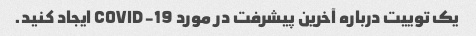
یک توییت درباره آخرین پیشرفت در مورد COVID-19 ایجاد کنید.